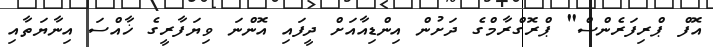
އޮފް ޕްރިފަރެންސް" ޕްރޮގްރާމްގެ ދަށުން އިންޑިއާއަށް ދީފައި އޮންނަ ވިޔަފާރީގެ ޚާއްސަ އިނާޔަތާއި